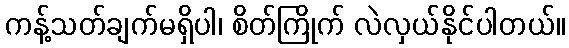
ကန့်သတ်ချက်မရှိပါ၊ စိတ်ကြိုက် လဲလှယ်နိုင်ပါတယ်။